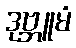
ဒုဗ္ဘူမံ